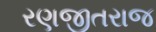
રણજીતરાજ